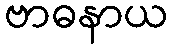
ဗာဓနာယ